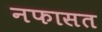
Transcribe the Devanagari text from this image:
नफासत